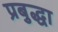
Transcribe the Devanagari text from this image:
प्रबुद्धा